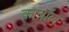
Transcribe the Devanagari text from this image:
काब्रॉल